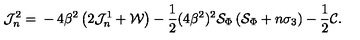
\mathcal J _ { n } ^ { 2 } = { } - 4 \beta ^ { 2 } \left( 2 \mathcal J _ { n } ^ { 1 } + { \cal W } \right) - \frac { 1 } { 2 } ( 4 \beta ^ { 2 } ) ^ { 2 } { \cal S } _ { \Phi } \left( { \cal S } _ { \Phi } + n \sigma _ { 3 } \right) - \frac 1 2 { \cal C } .